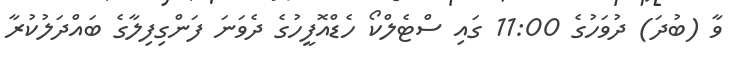
ވާ (ބުދަ) ދުވަހުގެ 11:00 ގައި ސްޓެލްކޯ ހެޑްއޮފީހުގެ ދެވަނަ ފަންގިފިލާގެ ބައްދަލުކުރާ